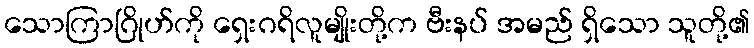
သောကြာဂြိုဟ်ကို ရှေးဂရိလူမျိုးတို့က ဗီးနပ် အမည် ရှိသော သူတို့၏